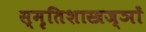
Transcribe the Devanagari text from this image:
स्मृतिशास्त्रज्ञों